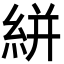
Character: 絣